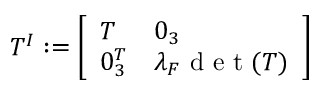
\begin{array} { r } { T ^ { I } : = \left[ \begin{array} { l l } { T } & { 0 _ { 3 } } \\ { 0 _ { 3 } ^ { T } } & { \lambda _ { F } \mathrm { ~ d ~ e ~ t ~ } ( T ) } \end{array} \right] } \end{array}